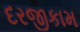
દરજીકામ